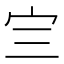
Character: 𰌴